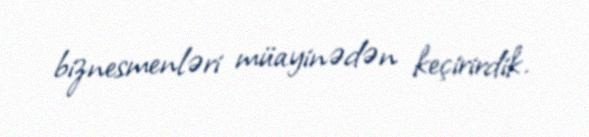
biznesmenləri müayinədən keçirirdik.